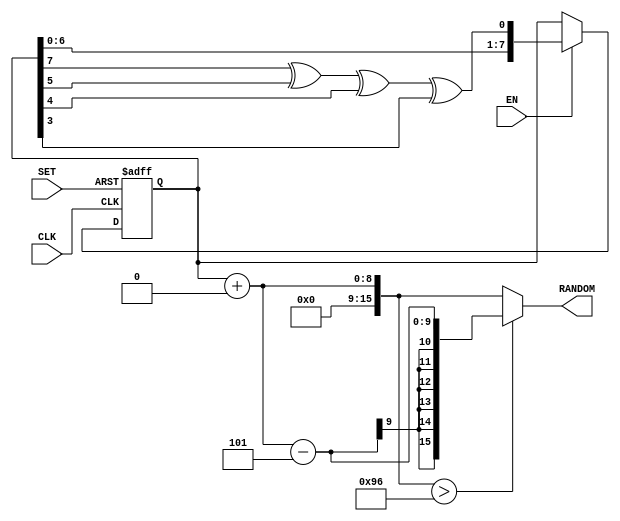
//------------------------------
//  2016  Qian Wang, Yu Liu, Yingyezhe Jin, Peng Li
//Department of Electrical and Computer Engineering
//Texas A&M University

//Contact: 
//Prof. Peng Li
//Department of ECE
//3259 TAMU,  College Station, TX 77843
//pli@tamu.edu   (979) 845-1612          
//--------------------------------

// pseudo random number generator -- LFSR
module RNG1(
	input CLK,
	input SET,
	input EN,
	output [16:1] RANDOM
);

reg [8:1] rnd, rnd_next;

wire feedback = rnd[8] ^ rnd[6] ^ rnd[5] ^ rnd[4]; //feedback taps
 
always @ (posedge CLK or posedge SET)
begin
	if (SET==1) //should be set for at least one clock cycle before enable is given, otherwise no control
	begin
		rnd <= 8'b10101010; //an LFSR cannot have an all 0 state, thus reset to all 1's
	end
	else
	begin
		if (EN==1)
		begin
			rnd <= rnd_next;
		end
	end
end

always @ (*)
begin
	rnd_next = {rnd[7:1], feedback}; //shift left the xor'd every posedge clock
end

assign RANDOM = (rnd + 8'b0)>16'd150 ? (rnd + 8'b0) - 16'd5 : (rnd + 8'b0);           // d350

//assign rand = rnd + 8'b01100100;

endmodule

//module RNG2(
//	input CLK,
//	input SET,
//	input EN,
//	output [16:1] RANDOM
//);
//
//reg [8:1] rnd, rnd_next;
//
//wire feedback = rnd[8] ^ rnd[6] ^ rnd[5] ^ rnd[4]; //feedback taps
// 
//always @ (posedge CLK or posedge SET)
//begin
//	if (SET==1) //should be set for atleast one clock cycle before enable is given, otherwise no control
//	begin
//		rnd <= 8'b10111000; //an LFSR cannot have an all 0 state, thus reset to all 1's
//	end
//	else
//	begin
//		if (EN==1)
//		begin
//			rnd <= rnd_next;
//		end
//	end
//end
//
//always @ (*)
//begin
//	rnd_next = {rnd[7:1], feedback}; //shift left the xor'd every posedge clock
//end
//
//assign RANDOM = (rnd + 8'b0)>16'd350 ? (rnd + 8'b0) - 16'd5 : (rnd + 8'b0);
//
////assign rand = rnd + 8'b01100100;
//
//endmodule